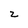
Character: 2